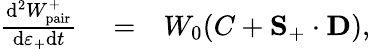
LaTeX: \begin{array}{rlr}{\frac{\mathrm{d}^{2}W_{\mathrm{pair}}^{+}}{\mathrm{d}\varepsilon_{+}\mathrm{d}t}}&{{}=}&{W_{0}(C+{\mathbf S}_{+}\cdot{\mathbf D}),}\end{array}